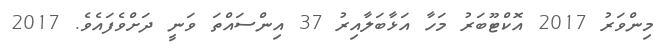
މިންވަރު 2017 އޮކްޓޫބަރު މަހާ އަޅާބަލާއިރު 37 އިންސައްތަ ވަނީ ދަށްވެފައެވެ. 2017